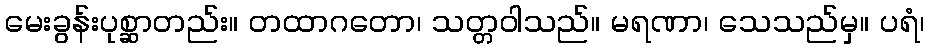
မေးခွန်းပုစ္ဆာတည်း။ တထာဂတော၊ သတ္တဝါသည်။ မရဏာ၊ သေသည်မှ။ ပရံ၊